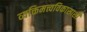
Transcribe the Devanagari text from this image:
व्यक्तिमत्त्वविकासाशी